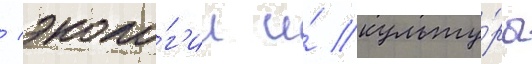
/ эколо́г'ии и́ культу́ры